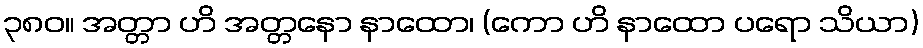
၃၈၀။ အတ္တာ ဟိ အတ္တနော နာထော၊ (ကော ဟိ နာထော ပရော သိယာ)